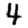
Digit: 4